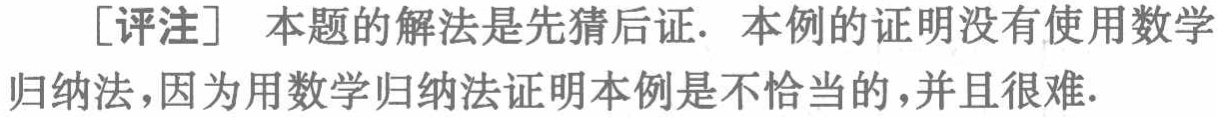
[评注] 本题的解法是先猜后证. 本例的证明没有使用数学归纳法，因为用数学归纳法证明本例是不恰当的，并且很难.